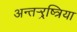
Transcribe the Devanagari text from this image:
अन्तर्‍र्रष्त्रिया